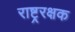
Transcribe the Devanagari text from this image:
राष्ट्ररक्षक